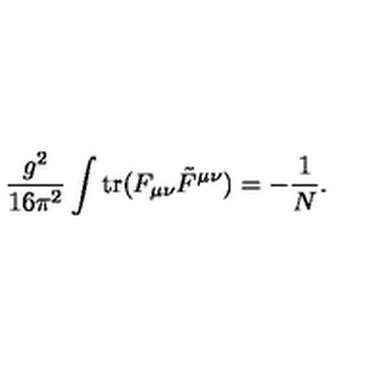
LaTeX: \frac { g ^ { 2 } } { 1 6 \pi ^ { 2 } } \int \mathrm { t r } ( F _ { \mu \nu } \tilde { F } ^ { \mu \nu } ) = - \frac { 1 } { N } .